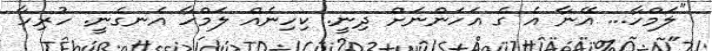
"ލަމްހާ... އޭނާ އެ ގެ އަހަންނަށް ދިނީ. ކިހިނެއް ލަމްހާ އެނގެނީ. ހުރިހާ